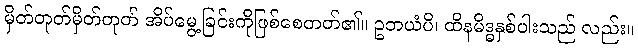
မှိတ်တုတ်မှိတ်တုတ် အိပ်မွေ့ခြင်းကိုဖြစ်စေတတ်၏။ ဥဘယံပိ၊ ထိနမိဒ္ဓနှစ်ပါးသည် လည်း။